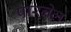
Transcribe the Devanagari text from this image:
पारनेल